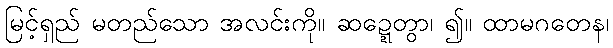
မြင့်ရှည် မတည်သော အလင်းကို။ ဆဍ္ဍေတွာ၊ ၍။ ထာမဂတေန၊